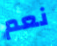
نعم